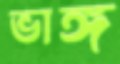
ভাঙ্গ